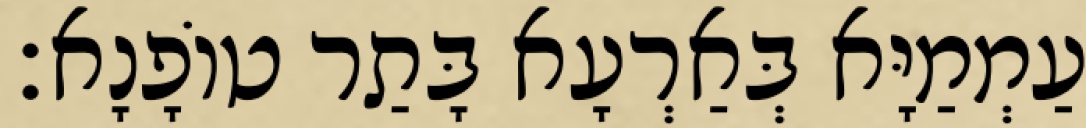
עַמְמַיָּא בְּאַרְעָא בָּתַר טוֹפָנָא׃